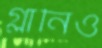
গ্লানিও